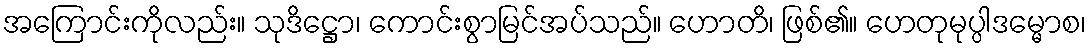
အကြောင်းကိုလည်း။ သုဒိဋ္ဌော၊ ကောင်းစွာမြင်အပ်သည်။ ဟောတိ၊ ဖြစ်၏။ ဟေတုမုပ္ပါဒမ္မောစ၊